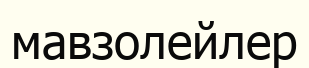
мавзолейлер